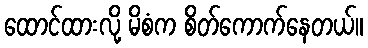
ထောင်ထားလို့ မိစံက စိတ်ကောက်နေတယ်။